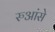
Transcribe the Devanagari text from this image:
रुआंसे